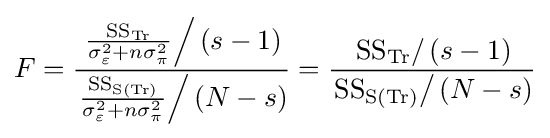
F={\frac {\left.{\frac {{\text{SS}}_{\text{Tr}}}{\sigma _{\varepsilon }^{2}+n\sigma _{\pi }^{2}}}\right/(s-1)}{\left.{\frac {{\text{SS}}_{{\text{S}}({\text{Tr}})}}{\sigma _{\varepsilon }^{2}+n\sigma _{\pi }^{2}}}\right/(N-s)}}={\frac {\left.{\text{SS}}_{\text{Tr}}\right/(s-1)}{\left.{\text{SS}}_{\text{S(Tr)}}\right/(N-s)}}